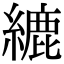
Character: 䌒